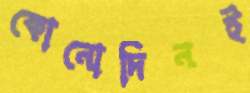
কোনোদিনই